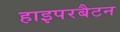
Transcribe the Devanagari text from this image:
हाइपरबैटन